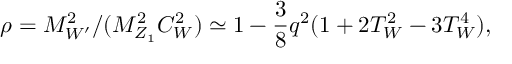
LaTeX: \rho = M _ { W ^ { \prime } } ^ { 2 } / ( M _ { Z _ { 1 } } ^ { 2 } C _ { W } ^ { 2 } ) \simeq 1 - { \frac { 3 } { 8 } } q ^ { 2 } ( 1 + 2 T _ { W } ^ { 2 } - 3 T _ { W } ^ { 4 } ) ,